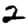
Digit: 2